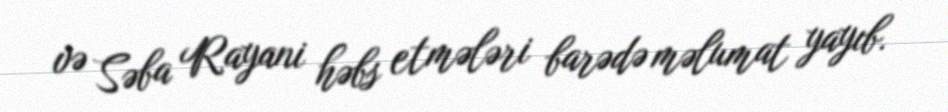
və Səba Rayani həbs etmələri barədə məlumat yayıb.